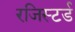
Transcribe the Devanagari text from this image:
रजिस्‍टर्ड